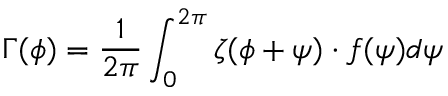
\Gamma ( \phi ) = \frac { 1 } { 2 \pi } \int _ { 0 } ^ { 2 \pi } \boldsymbol { \zeta } ( \phi + \psi ) \cdot \boldsymbol { f } ( \psi ) d \psi